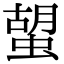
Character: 𧍵